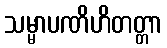
သမ္မာပဏိဟိတတ္တာ